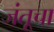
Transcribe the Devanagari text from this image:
जंतूचा